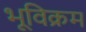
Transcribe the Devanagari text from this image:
भूविक्रम